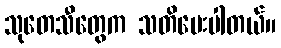
သုတေသီတွေက သတိပေးပါတယ်။